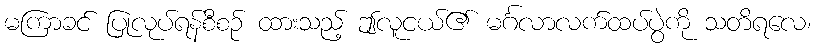
မကြာခင် ပြုလုပ်ရန်စီစဉ် ထားသည့် ဤလူငယ်၏ မင်္ဂလာလက်ထပ်ပွဲကို သတိရလေ၊